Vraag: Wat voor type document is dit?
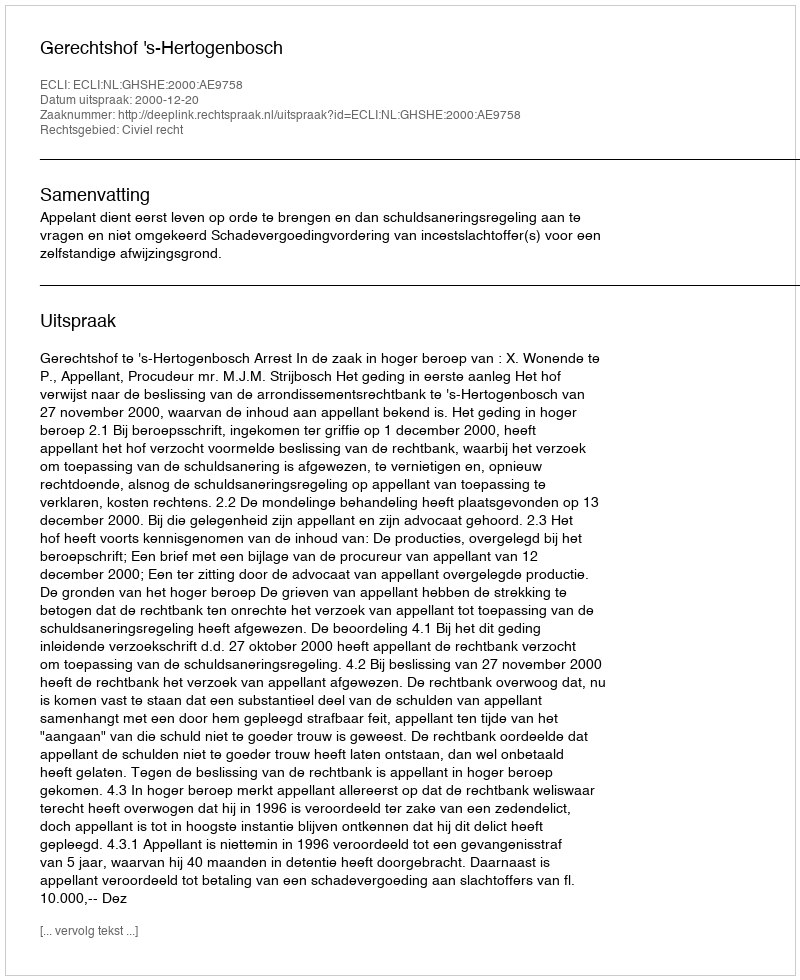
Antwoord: Uitspraak